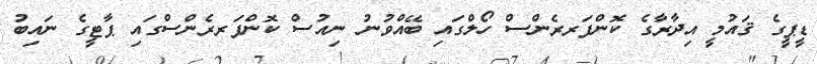
ޑީޕީގެ ޤައުމީ އިދާރާގެ ކޮންފަރރެންސް ހޯލްގައި ބޭއްވުނު ނިއުސް ކޮންފަރރެންސްގައި ޕާޓީގެ ނައިބު